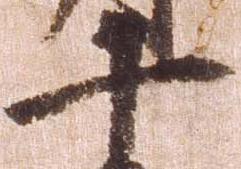
十